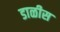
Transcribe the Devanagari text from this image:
डाळीस